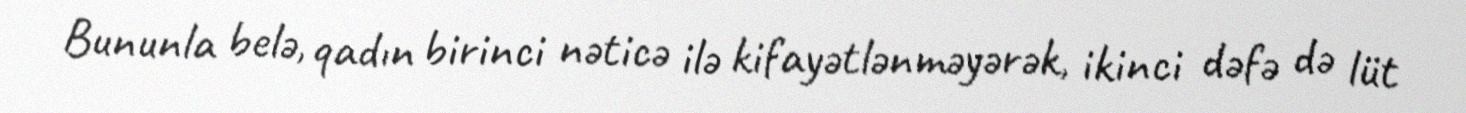
Bununla belə, qadın birinci nəticə ilə kifayətlənməyərək, ikinci dəfə də lüt